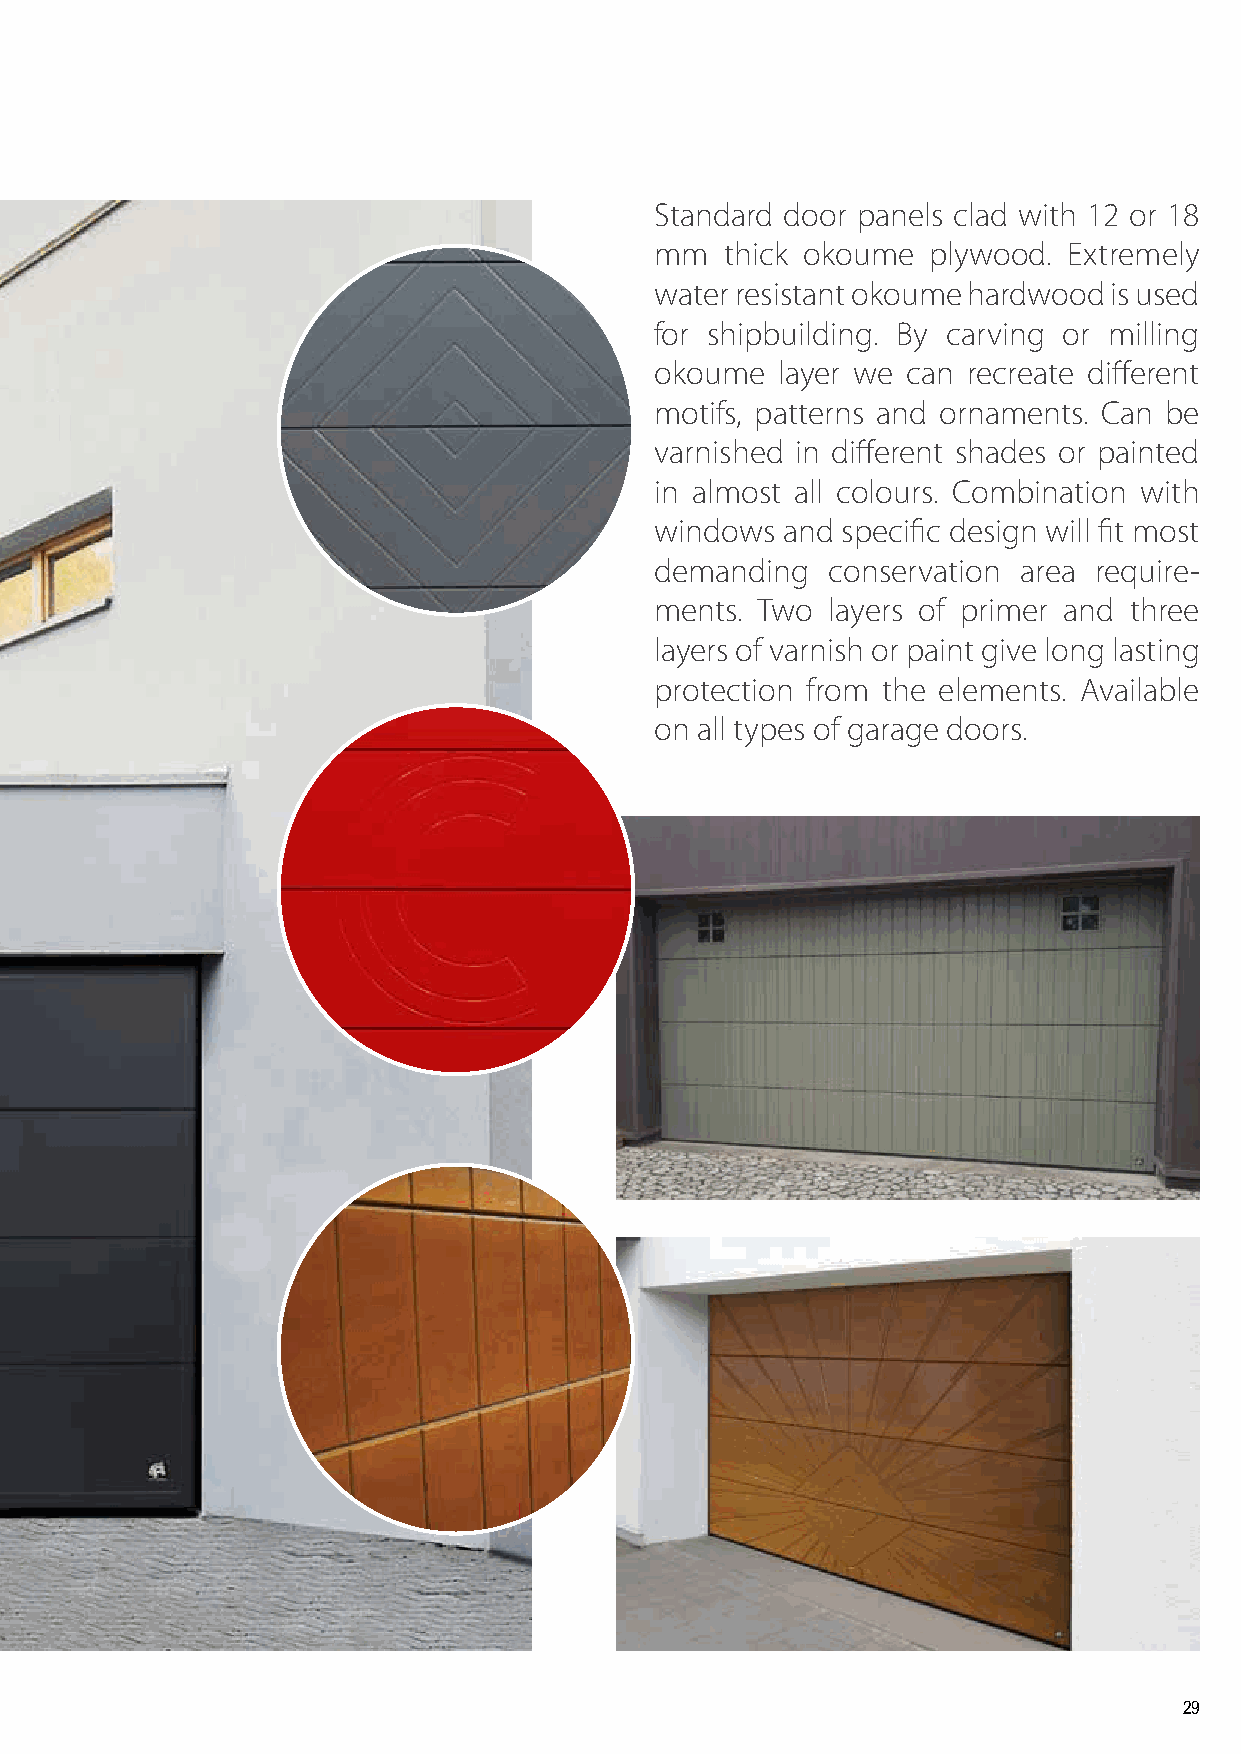
Standard door panels clad with 12 or 18
 mm   thick okoume  plywood. Extremely
 water resistant okoume hardwood is used
 for shipbuilding. By carving or milling
 okoume  layer we can recreate different
 motifs, patterns and ornaments. Can be
 varnished in different shades or painted
 in almost all colours. Combination with
 windows  and specific design will fit most
 demanding   conservation area require-
 ments. Two  layers of primer and three
 layers of varnish or paint give long lasting
 protection from the elements. Available
 on all types of garage doors.
 29